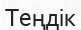
Теңдік